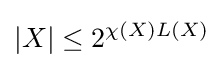
|X|\leq 2^{\chi (X)L(X)}